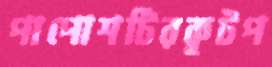
পাপোশটিরকূটপ